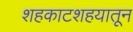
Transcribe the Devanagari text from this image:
शहकाटशहयातून